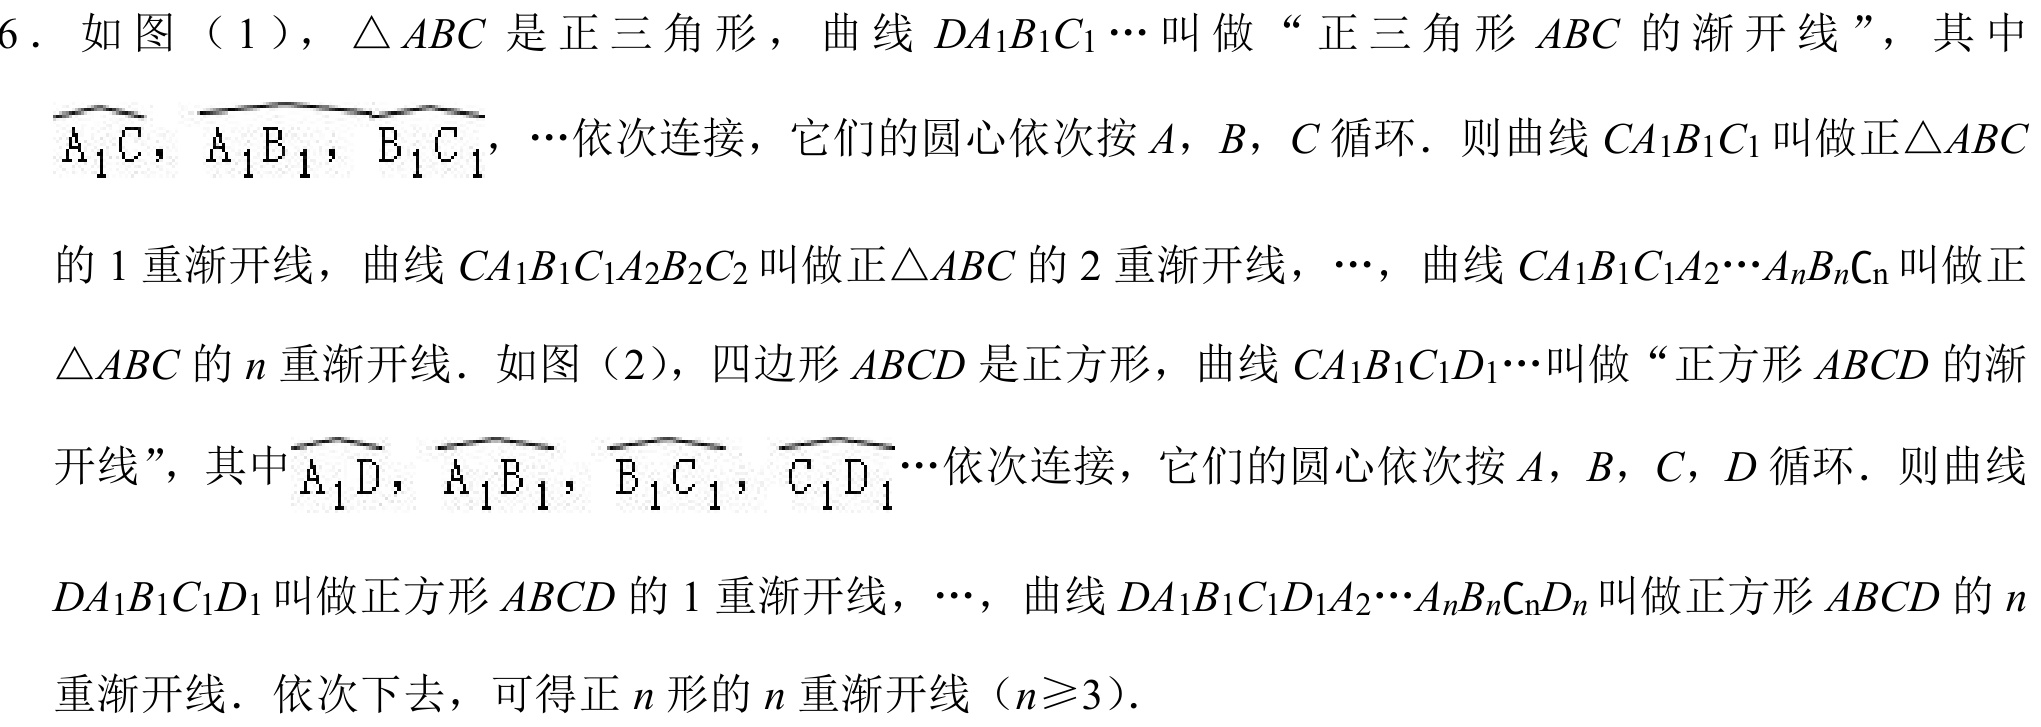
6．如图（1），$\triangle ABC$是正三角形，曲线$DA_{1}B_{1}C_{1}\cdots$叫做“正三角形$ABC$的渐开线”，其中$\overset{\frown}{A_{1}C}$，$\overset{\frown}{A_{1}B_{1}}$，$\overset{\frown}{B_{1}C_{1}}$，$\cdots$依次连接，它们的圆心依次按$A$，$B$，$C$循环．则曲线$CA_{1}B_{1}C_{1}$叫做正$\triangle ABC$
的1重渐开线，曲线$CA_{1}B_{1}C_{1}A_{2}B_{2}C_{2}$叫做正$\triangle ABC$的2重渐开线，$\cdots$，曲线$CA_{1}B_{1}C_{1}A_{2}\cdots A_{n}B_{n}C_{n}$叫做正
$\triangle ABC$的$n$重渐开线．如图（2），四边形$ABCD$是正方形，曲线$CA_{1}B_{1}C_{1}D_{1}\cdots$叫做“正方形$ABCD$的渐
开线”，其中$\overset{\frown}{A_{1}D}$，$\overset{\frown}{A_{1}B_{1}}$，$\overset{\frown}{B_{1}C_{1}}$，$\overset{\frown}{C_{1}D_{1}}\cdots$依次连接，它们的圆心依次按$A$，$B$，$C$，$D$循环．则曲线
$DA_{1}B_{1}C_{1}D_{1}$叫做正方形$ABCD$的1重渐开线，$\cdots$，曲线$DA_{1}B_{1}C_{1}D_{1}A_{2}\cdots A_{n}B_{n}C_{n}D_{n}$叫做正方形$ABCD$的$n$
重渐开线．依次下去，可得正$n$形的$n$重渐开线（$n\geqslant3$）．